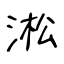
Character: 淞